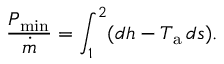
{ \frac { P _ { \mathrm { m i n } } } { \dot { m } } } = \int _ { 1 } ^ { 2 } ( d h - T _ { \mathrm { a } } \, d s ) .